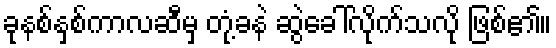
ခုနစ်နှစ်ကာလဆီမှ တုံ့ခနဲ ဆွဲခေါ်လိုက်သလို ဖြစ်၏။